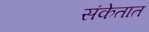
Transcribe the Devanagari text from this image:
संकेतात